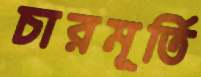
চারমূর্তি